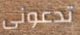
تدعونى